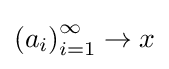
\left(a_{i}\right)_{i=1}^{\infty }\to x